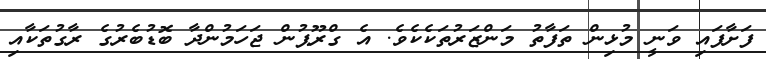
ފަށާފަައި ވަނީ މުޅިން ތަފާތު މަންޒަރުތަކެކެވެ. އެ ގްރޫޕުން ޖަހަމުންދާ ބޮޑުބެރުގެ ރާގުތަކާއި